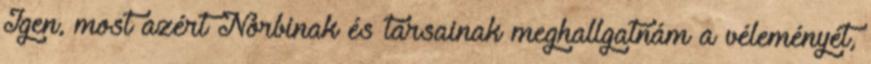
Igen, most azért Norbinak és társainak meghallgatnám a véleményét,